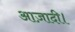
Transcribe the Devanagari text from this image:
आज़ादी।